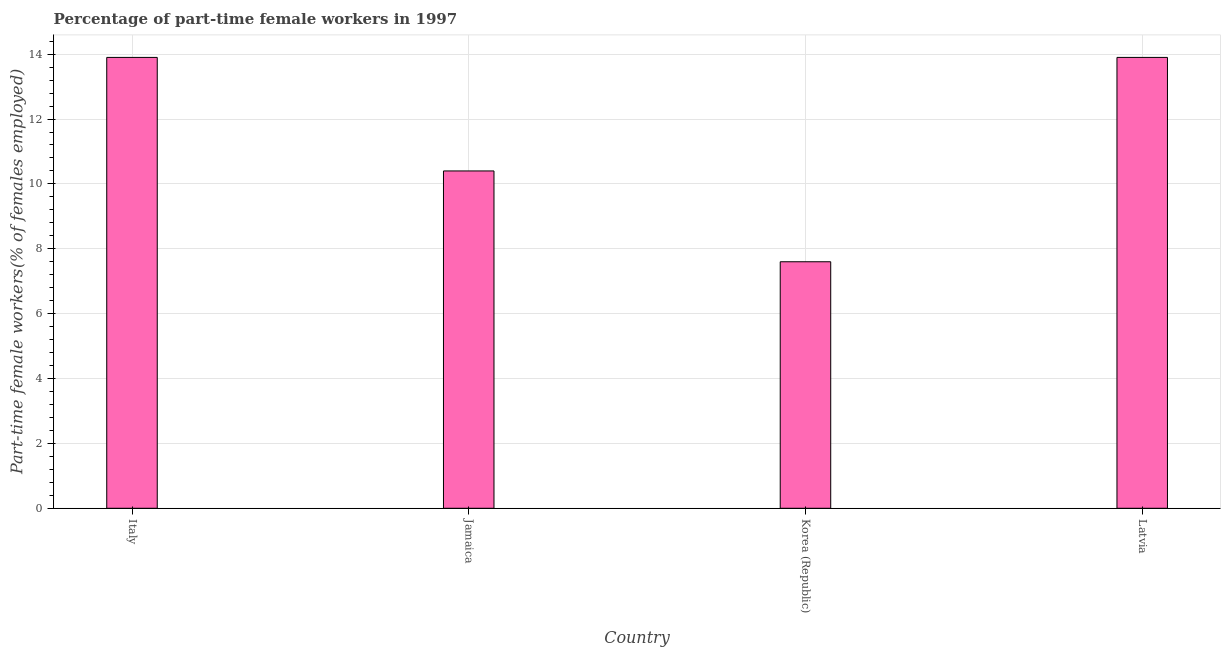
| Country | Part time employment |
 | --- | --- |
 | Italy | 13.9 |
 | Jamaica | 10.4 |
 | Korea (Republic) | 7.6 |
 | Latvia | 13.9 |